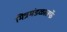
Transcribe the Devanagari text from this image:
मित्रमंडळातर्फे